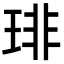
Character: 琲